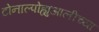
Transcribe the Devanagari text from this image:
टोनाल्पोह्युआलीच्या